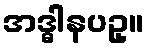
အဒ္ဓါနပဥှ။